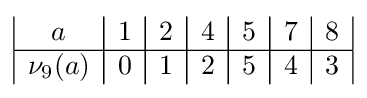
{\begin{array}{|c|c|c|c|c|c|c|}a&1&2&4&5&7&8\\\hline \nu _{9}(a)&0&1&2&5&4&3\\\end{array}}